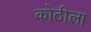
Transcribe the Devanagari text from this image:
कोठीला